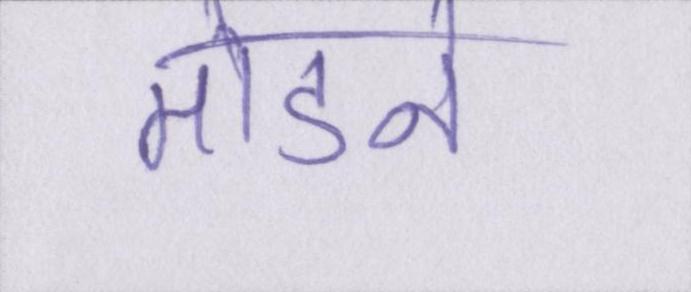
तोडने